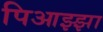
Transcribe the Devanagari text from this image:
पिआझ्झा